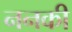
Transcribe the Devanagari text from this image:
ननकी